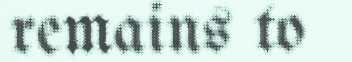
remains to